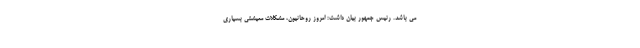
می باشد. رئیس جمهور بیان داشت: امروز روحانیون، مشکلات معیشتی بسیاری